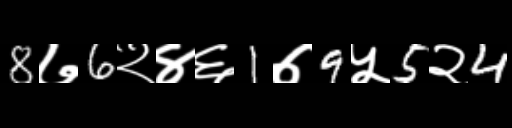
Text: 8७6२४६1७9५5२4